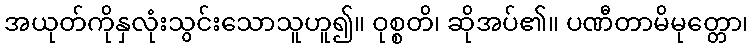
အယုတ်ကိုနှလုံးသွင်းသောသူဟူ၍။ ဝုစ္စတိ၊ ဆိုအပ်၏။ ပဏီတာမိမုတ္တော၊